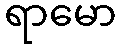
ရာမော